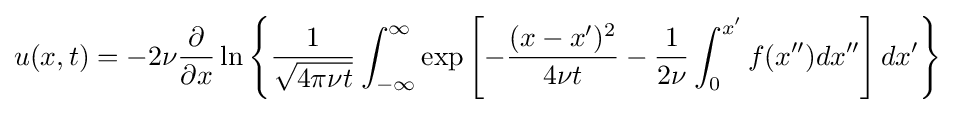
u(x,t)=-2\nu {\frac {\partial }{\partial x}}\ln \left\{{\frac {1}{\sqrt {4\pi \nu t}}}\int _{-\infty }^{\infty }\exp \left[-{\frac {(x-x')^{2}}{4\nu t}}-{\frac {1}{2\nu }}\int _{0}^{x'}f(x'')dx''\right]dx'\right\}